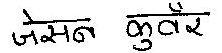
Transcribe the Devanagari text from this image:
जेसन कुँवर